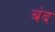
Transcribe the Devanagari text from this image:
बंद